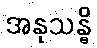
အနုသန္ဓိ